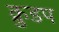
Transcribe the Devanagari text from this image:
क्रुडप